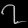
Digit: ၇